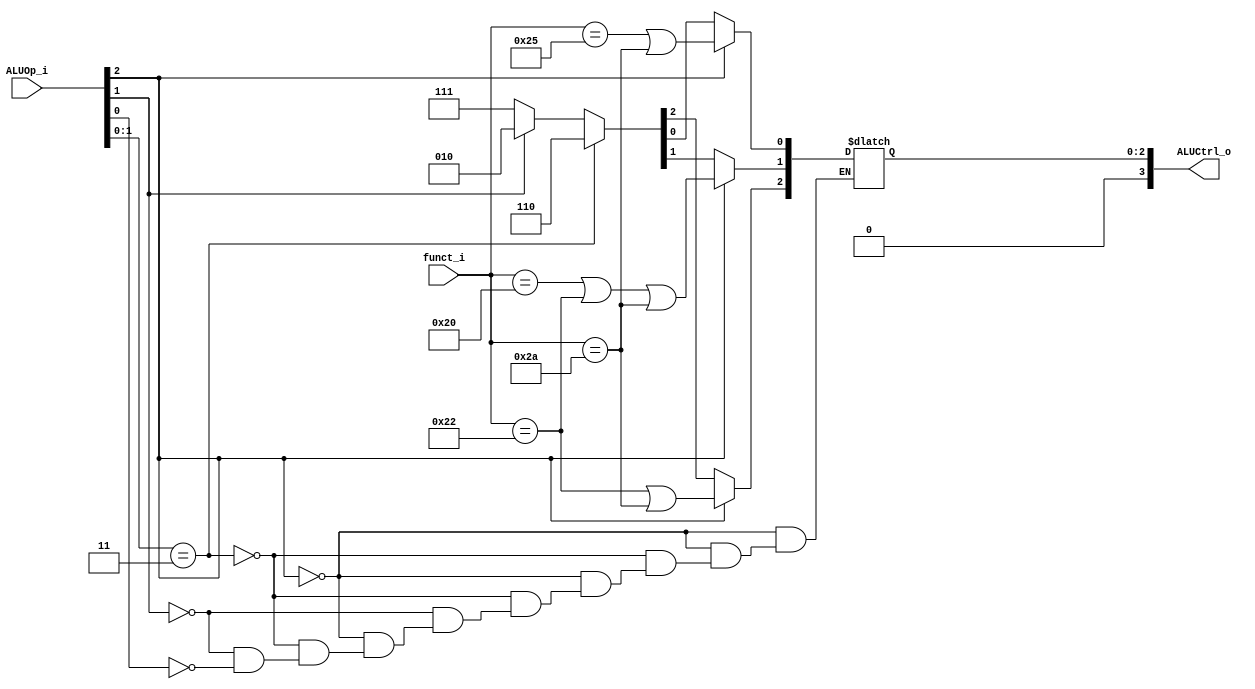
//student's id: 0716325
//Subject:     CO project 2 - ALU Controller
//--------------------------------------------------------------------------------
//Version:     1
//--------------------------------------------------------------------------------
//Writer:      0716325
//----------------------------------------------
//Date:        
//----------------------------------------------
//Description: 
//--------------------------------------------------------------------------------

module ALU_Ctrl(
          funct_i,
          ALUOp_i,
          ALUCtrl_o
          );
localparam[5:0] add = 6'b100000, sub = 6'b100010, andd = 6'b100100, orr = 6'b100101, slt = 6'b101010;
//I/O ports 
input      [6-1:0] funct_i;
input      [3-1:0] ALUOp_i;

output     [4-1:0] ALUCtrl_o;    
     
//Internal Signals
reg        [4-1:0] ALUCtrl_o;
//Parameter
always@(*)begin
	if(ALUOp_i[2] == 1) begin
	   ALUCtrl_o[0] = (funct_i == orr) || (funct_i == slt);
	   ALUCtrl_o[1] = (funct_i == add) || (funct_i == sub) || (funct_i == slt);
	   ALUCtrl_o[2] = (funct_i == sub) || (funct_i == slt);
	end 
	else if(ALUOp_i[1:0] == 2'b11)begin///beq
	ALUCtrl_o[2:0] = 3'b110;
	end 
	else if(ALUOp_i[1] == 1)begin///addi
	ALUCtrl_o[2:0] = 3'b010;
	end 
	else if(ALUOp_i[0] == 1)begin///slti
	ALUCtrl_o[2:0] = 3'b111;
	end

	ALUCtrl_o[3] = 0;
end
  
//Select exact operation

endmodule